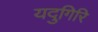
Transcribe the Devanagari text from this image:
यदुगिरि